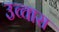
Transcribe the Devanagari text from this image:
उच्चारा